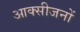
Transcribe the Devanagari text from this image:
आक्सीजनों